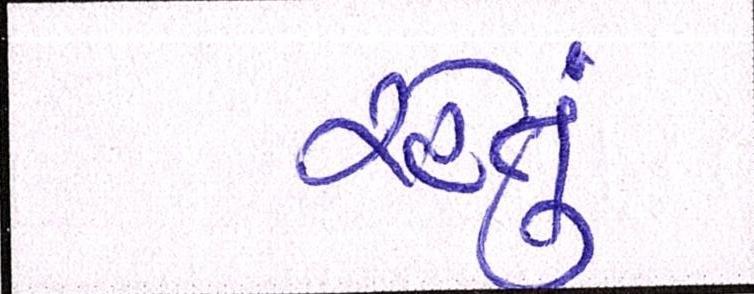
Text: રહેતું